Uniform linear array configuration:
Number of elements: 32
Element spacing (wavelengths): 1
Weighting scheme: exponential
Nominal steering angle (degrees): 15
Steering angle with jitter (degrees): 15.18
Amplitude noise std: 0.05
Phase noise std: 0.05

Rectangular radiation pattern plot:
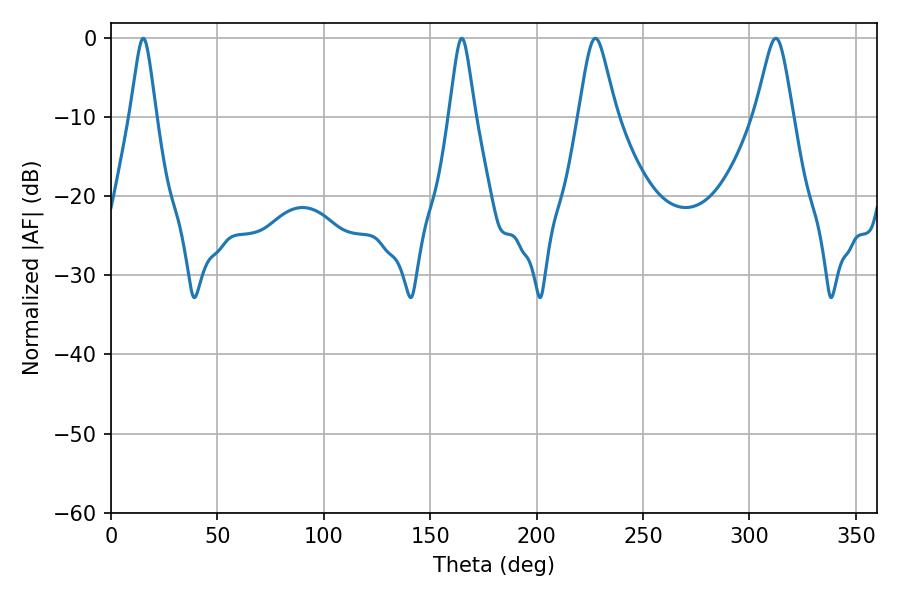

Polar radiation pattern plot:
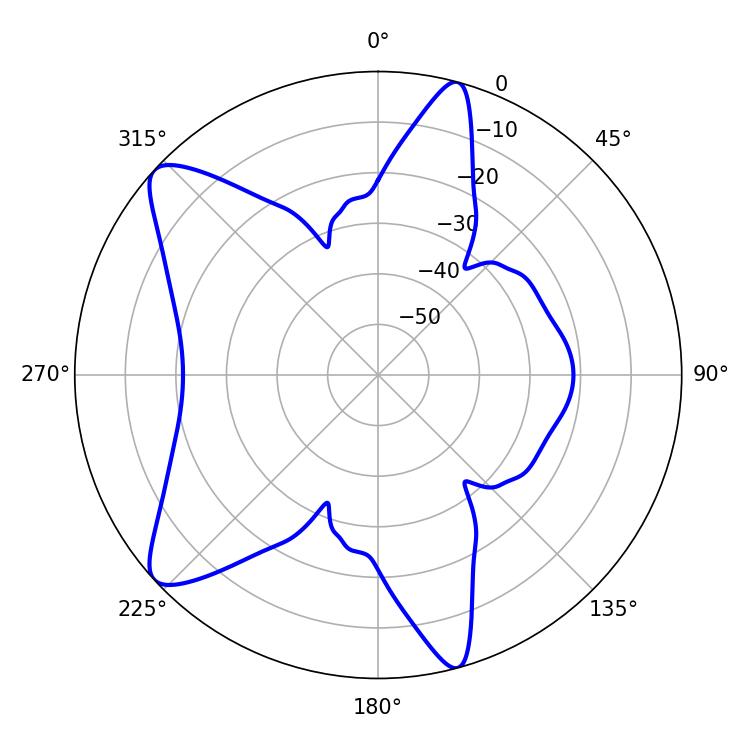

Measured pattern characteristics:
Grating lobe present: TRUE
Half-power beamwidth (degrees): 5.76
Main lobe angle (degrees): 15.12